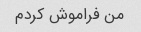
من فراموش کردم